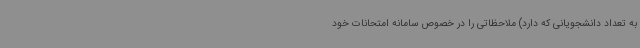
به تعداد دانشجویانی که دارد) ملاحظاتی را در خصوص سامانه امتحانات خود